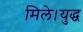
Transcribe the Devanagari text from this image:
मिले।युद्ध